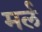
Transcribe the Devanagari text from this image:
मर्ल